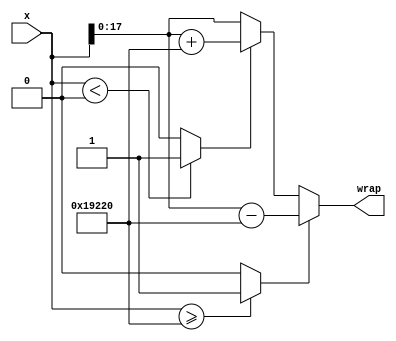
module controllerHdl_Wrap_2pi
          (
           x,
           wrap
          );
  input   signed [18:0] x;  
  output  signed [17:0] wrap;  
  wire signed [18:0] Two_Pi1_out1;  
  wire signed [18:0] Two_Pi3_out1;  
  wire Relational_Operator1_relop1;
  wire signed [19:0] x_dtc;  
  wire signed [18:0] Two_Pi2_out1;  
  wire signed [18:0] Two_Pi_out1;  
  wire Relational_Operator_relop1;
  wire signed [19:0] Add2_add_cast;  
  wire signed [19:0] Add2_add_cast_1;  
  wire signed [19:0] Add2_out1;  
  wire signed [19:0] Switch1_out1;  
  wire signed [17:0] Switch1_out1_dtc;  
  wire signed [19:0] Add1_sub_cast;  
  wire signed [19:0] Add1_sub_cast_1;  
  wire signed [19:0] Add1_out1;  
  wire signed [17:0] Add1_out1_dtc;  
  wire signed [17:0] Switch_out1;  
  assign Two_Pi1_out1 = 19'sb0011001001000100000;
  assign Two_Pi3_out1 = 19'sb0000000000000000000;
  assign Relational_Operator1_relop1 = (x < Two_Pi3_out1 ? 1'b1 :
              1'b0);
  assign x_dtc = x;
  assign Two_Pi2_out1 = 19'sb0011001001000100000;
  assign Two_Pi_out1 = 19'sb0011001001000100000;
  assign Relational_Operator_relop1 = (x >= Two_Pi1_out1 ? 1'b1 :
              1'b0);
  assign Add2_add_cast = x;
  assign Add2_add_cast_1 = Two_Pi2_out1;
  assign Add2_out1 = Add2_add_cast + Add2_add_cast_1;
  assign Switch1_out1 = (Relational_Operator1_relop1 == 1'b0 ? x_dtc :
              Add2_out1);
  assign Switch1_out1_dtc = Switch1_out1[17:0];
  assign Add1_sub_cast = x;
  assign Add1_sub_cast_1 = Two_Pi_out1;
  assign Add1_out1 = Add1_sub_cast - Add1_sub_cast_1;
  assign Add1_out1_dtc = Add1_out1[17:0];
  assign Switch_out1 = (Relational_Operator_relop1 == 1'b0 ? Switch1_out1_dtc :
              Add1_out1_dtc);
  assign wrap = Switch_out1;
endmodule